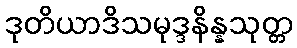
ဒုတိယာဒိသမုဒ္ဒနိန္နသုတ္တ